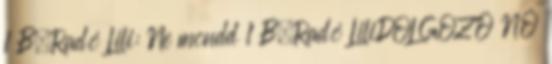
1 B.Radó Lili: Ne mondd 1 B.Radó LiliDOLGOZÓ NŐ